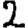
Digit: 2